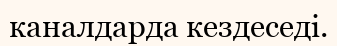
каналдарда кездеседі.